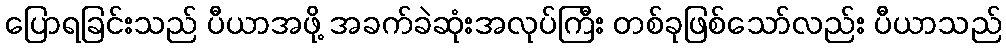
ပြောရခြင်းသည် ပီယာအဖို့ အခက်ခဲဆုံးအလုပ်ကြီး တစ်ခုဖြစ်သော်လည်း ပီယာသည်